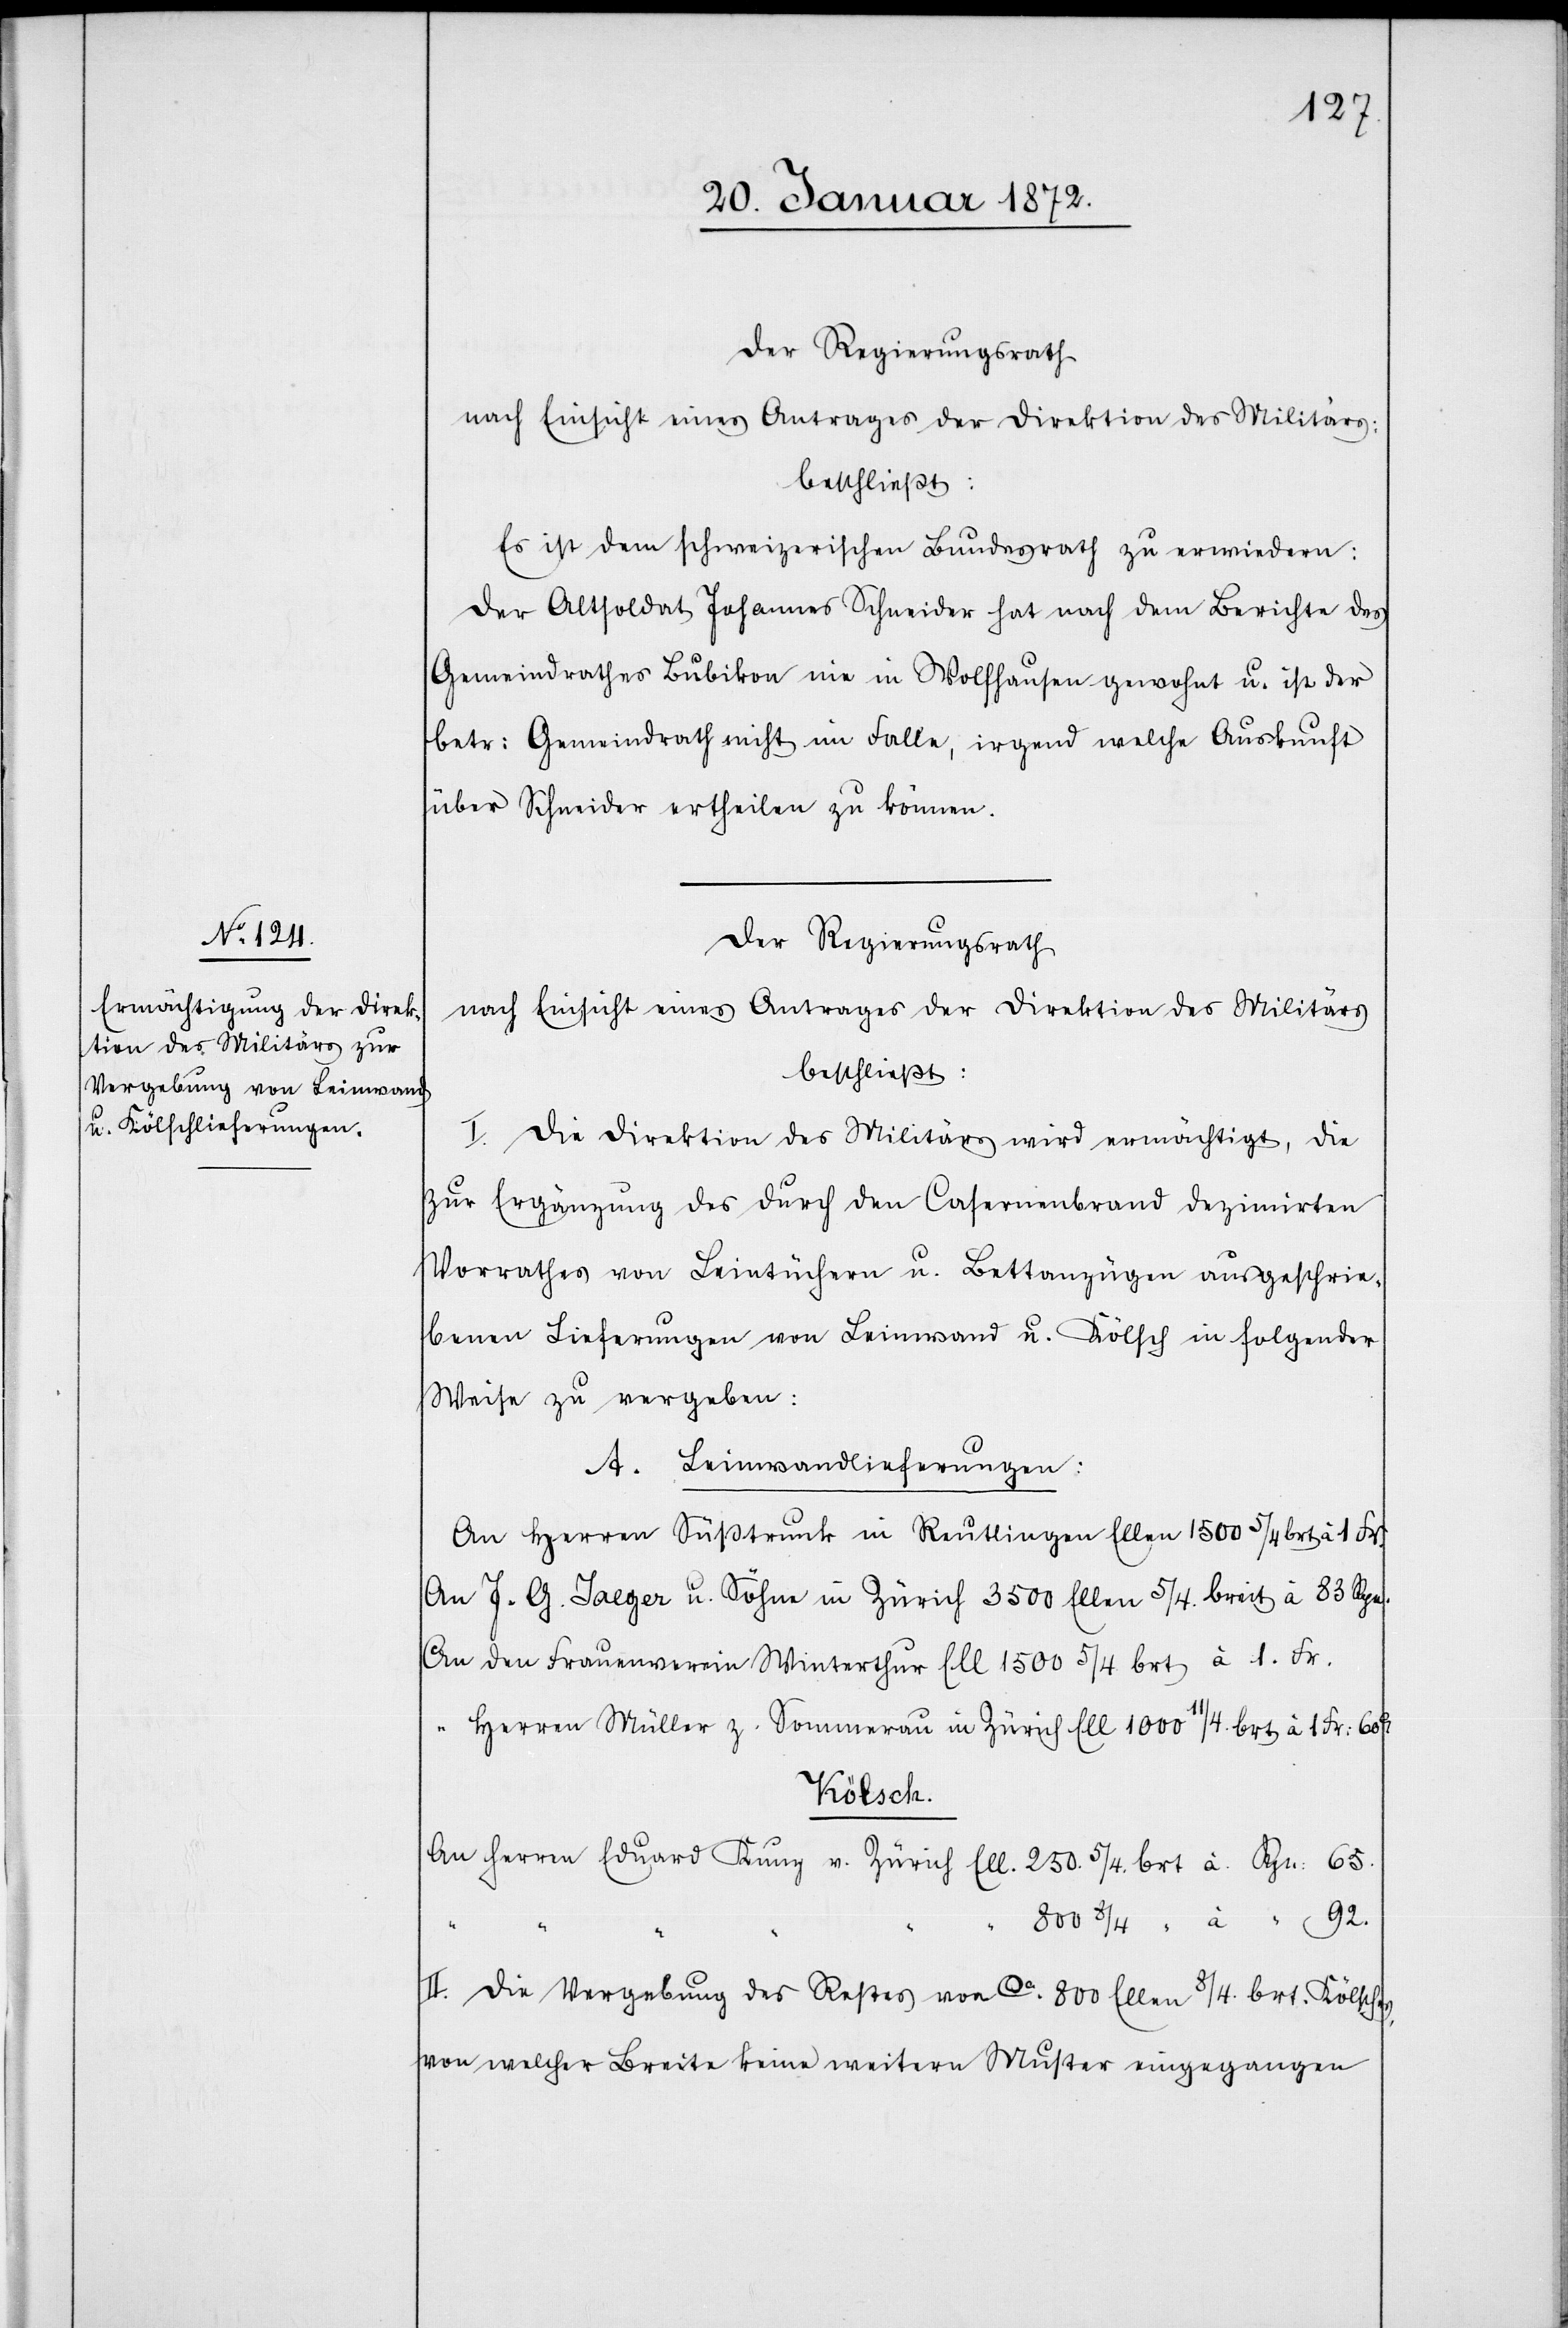
Es ist dem schweizerischen Bundesrath zu erwiedern:
Der Altsoldat Johannes Schneider hat nach dem Berichte des
Gemeindrathes Bubikon nie in Wolfhausen gewohnt u. ist der
betr: Gemeindrath nicht im Falle, irgend welche Auskunft
über Schneider ertheilen zu können.
Der Regierungsrath
nach Einsicht eines Antrages der Direktion des Militärs
beschließt:
I.
Die Direktion des Militärs wird ermächtigt, die
zur Ergänzung des durch den Casernenbrand dezimirten
Vorrathes von Leintüchern u. Bettanzügen ausgeschrie¬
benen Lieferungen von Leinwand u. Kölsch in folgender
Weise zu vergeben:
A. Leinwandlieferungen:
An Herren Süßtrunk in Reutlingen Ellen 1500 5/4 brt à 1 Fr.
An J. G. Jaeger u. Söhne in Zürich 3500 Ellen 5/4. breit à 83 Rpn.
An den Frauenverein Winterthur Ell 1500 5/4. brt à 1. Fr.
Herren Müller z. Sommerau in Zürich Ell 1000 11/4. brt à 1. Fr: 60c
Kölsch.
An Herren Eduard Kunz v. Zürich Ell. 250. 5/4. brt à. Rpn: 65.
800 8/4 “ à “ 92.
II. Die Vergebung des Restes von ca. 800 Ellen 8/4. brt. Kölsches,
von welcher Breite keine weitern Muster eingegangen